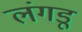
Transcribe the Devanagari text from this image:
लंगडू